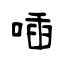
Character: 喢